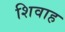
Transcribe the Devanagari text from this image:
शिवाह